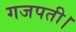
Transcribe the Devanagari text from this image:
गजपती।